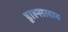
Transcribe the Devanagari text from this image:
ड्राह्सलाव